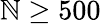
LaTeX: \mathbb{N}\geq500